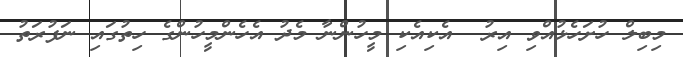
މިބިލް ހުށަހެޅުއްވި އިރު  އެކިއެކި މީހުންނާ މެދު އެހެންމީހުންގެ ހިތުގައި ނަފުރަތު